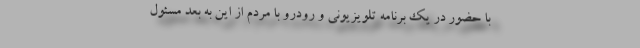
با حضور در یک برنامه تلویزیونی و رودرو با مردم از این به بعد مسئول